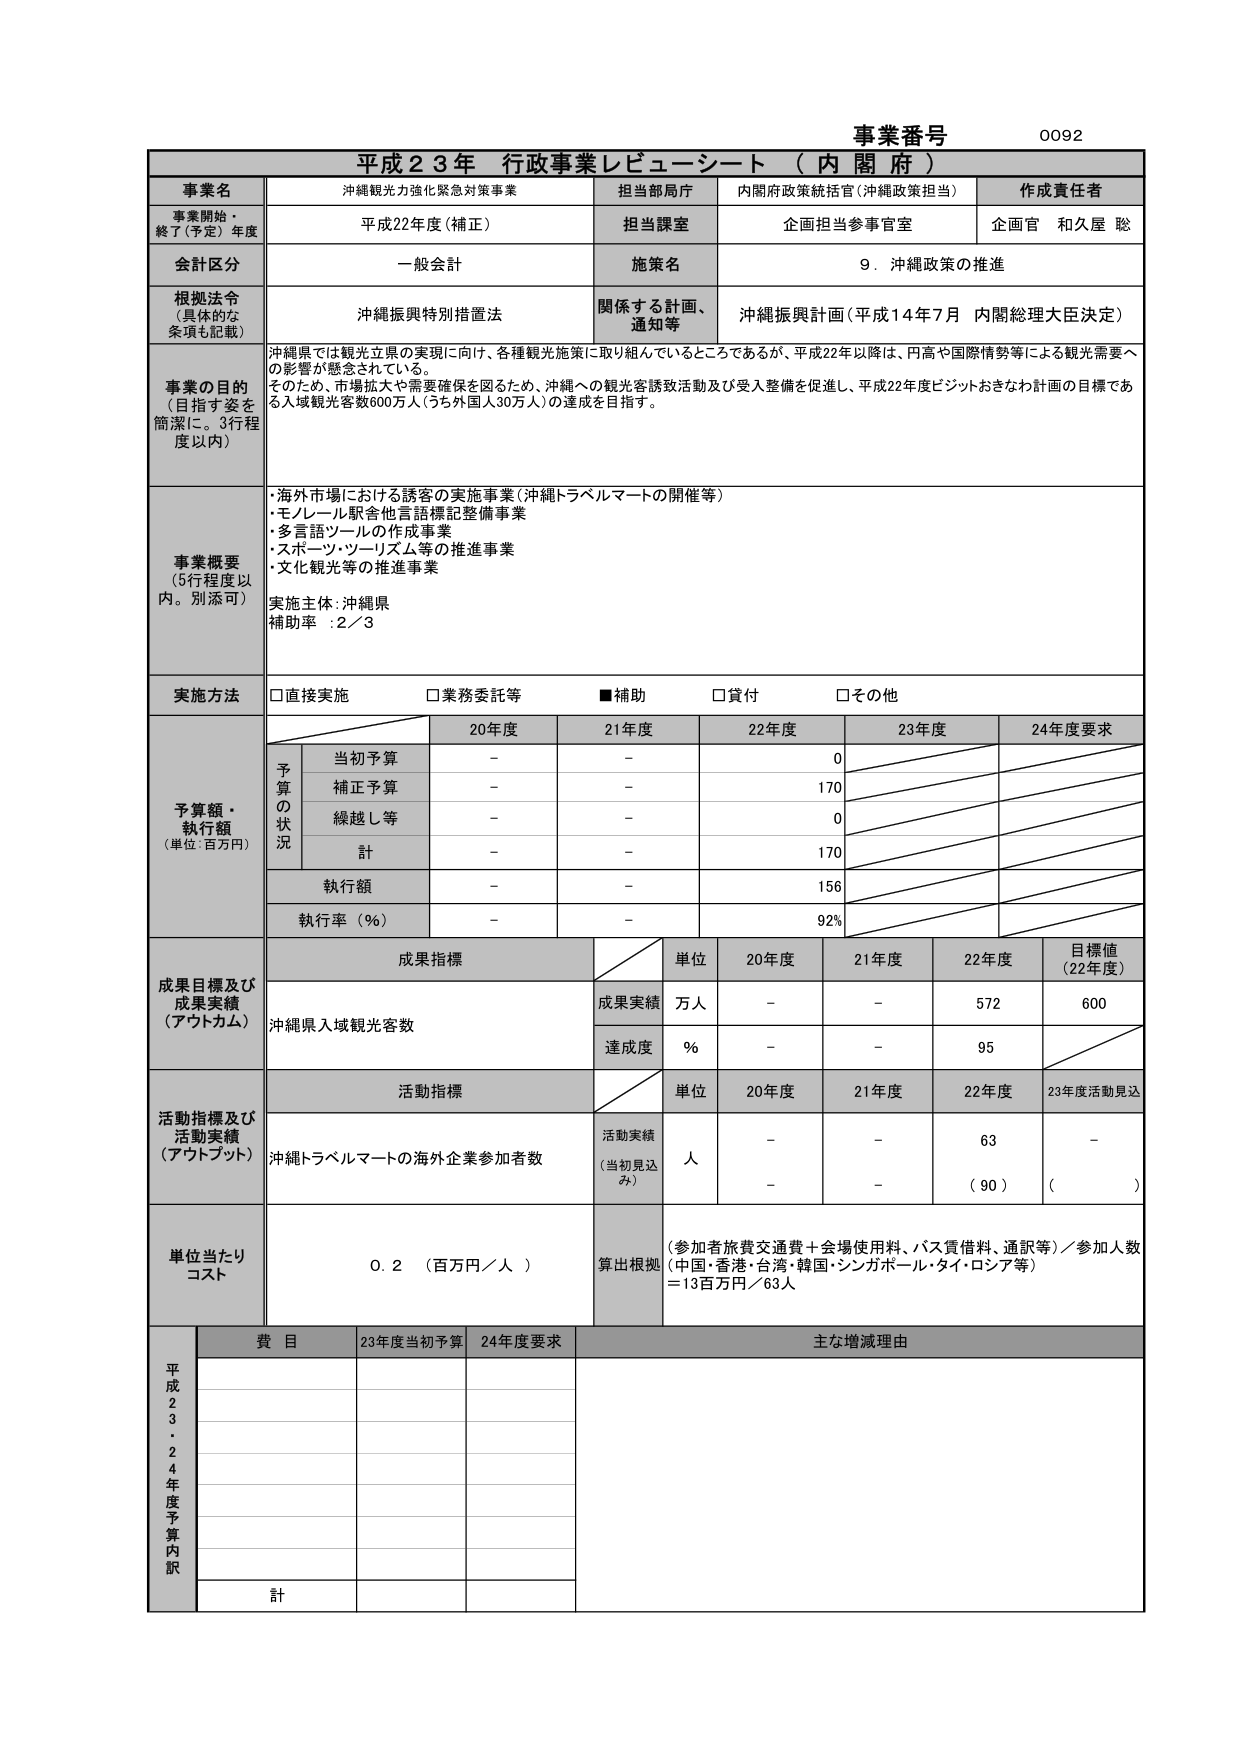
事業番号 0092
平成23年 行政事業レビュー・シート（内閣府）

事業名 沖縄観光力強化緊急対策事業
担当部局庁 内閣府政策統括官（沖縄政策担当）
作成責任者 企画官 和久屋 聡

事業開始・終了（予定）年度 平成22年度（補正）
担当課室 企画担当参事官室

会計区分 一般会計
施策名 9．沖縄政策の推進

根拠法令（具体的な条項も記載） 沖縄振興特別措置法
関係する計画、通知等 沖縄振興計画（平成14年7月 内閣総理大臣決定）

事業の目的（目指す姿を簡潔に。3行程度以内）
沖縄県では観光立県の実現に向け、各種観光施策に取り組んでいるところであるが、平成22年以降は、円高や国際情勢等による観光需要への影響が懸念されている。
そのため、市場拡大や需要確保を図るため、沖縄への観光客誘致活動及び受入整備を促進し、平成22年度ビジットおきなわ計画の目標である入域観光客数600万人（うち外国人30万人）の達成を目指す。

事業概要（5行程度以内。別添可）
・海外市場における誘客の実施事業（沖縄トラベルマートの開催等）
・モノレール駅舎他言語標記整備事業
・多言語ツールの作成事業
・スポーツ・ツーリズム等の推進事業
・文化観光等の推進事業
実施主体：沖縄県
補助率：2／3

実施方法 □直接実施 □業務委託等 ■補助 □貸付 □その他

予算額・執行額（単位：百万円）
予算の状況
20年度 21年度 22年度 23年度 24年度要求
当初予算 - - 0
補正予算 - - 170
繰越し等 - - 0
計 - - 170
執行額 - - 156
執行率（％） - - 92%

成果目標及び成果実績（アウトカム）
成果指標
単位 20年度 21年度 22年度 目標値（22年度）
成果実績 万人 - - 572 600
達成度 ％ - - 95

活動指標及び活動実績（アウトプット）
活動指標
単位 20年度 21年度 22年度 23年度活動見込
活動実績（当初見込み） 人 - - 63 -
（90）（ ）

単位当たりコスト 0.2（百万円／人）
算出根拠（参加者旅費交通費＋会場使用料、バス賃借料、通訳等）／参加人数（中国・香港・台湾・韓国・シンガポール・タイ・ロシア等）＝13百万円／63人

平成23～24年度予算内訳
費目 23年度当初予算 24年度要求 主な増減理由
計